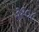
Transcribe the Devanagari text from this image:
३१०८